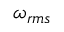
\omega _ { r m s }